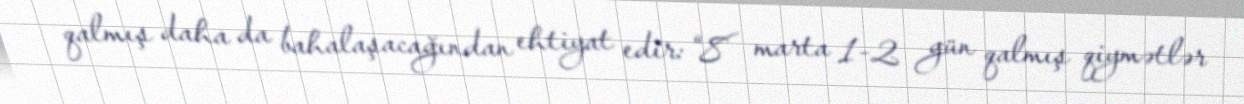
qalmış daha da bahalaşacağından ehtiyat edir: “8 marta 1-2 gün qalmış qiymətlər